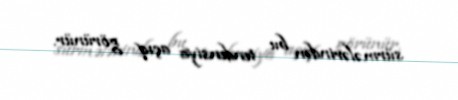
sürmələrindən bu tendensiya açıq görünür.